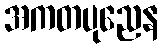
အကတပုညေန